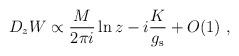
LaTeX: \begin{align*}D_z W \propto \frac{M}{2\pi i} \ln z - i\frac{K}{g_{\rm s}} + O(1)\ ,\end{align*}